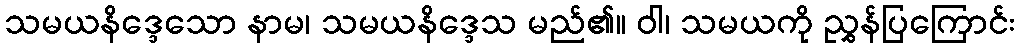
သမယနိဒ္ဒေသော နာမ၊ သမယနိဒ္ဒေသ မည်၏။ ဝါ၊ သမယကို ညွှန်ပြကြောင်း